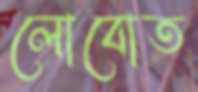
লোবোত